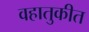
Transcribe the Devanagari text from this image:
वहातुकीत